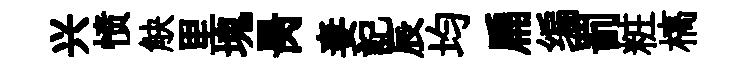
兴愤觖里塊昺妻記辰均扁编罰粧槁